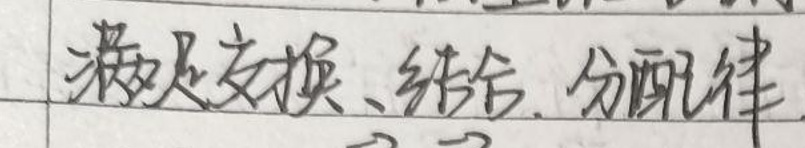
满足交换、结合、分配律